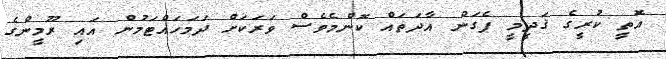
އޮތީ ކުރީގެ ޤަދީމީ ޕެގަން އާދަތައް ކޮންމެވެސް ވަރަކަށް ދަމަހައްޓަމުން އައި ރޫމީންގެ